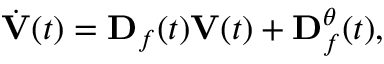
\dot { \mathbf { V } } ( t ) = \mathbf { D } _ { \boldsymbol { f } } ( t ) \mathbf { V } ( t ) + \mathbf { D } _ { \boldsymbol { f } } ^ { \boldsymbol { \theta } } ( t ) ,